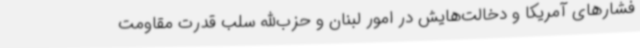
فشارهای آمریکا و دخالت‌هایش در امور لبنان و حزب‌الله سلب قدرت مقاومت